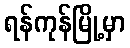
ရန်ကုန်မြို့မှာ